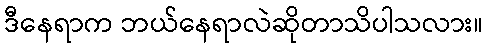
ဒီနေရာက ဘယ်နေရာလဲဆိုတာသိပါသလား။